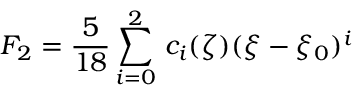
F _ { 2 } = \frac { 5 } { 1 8 } \sum _ { i = 0 } ^ { 2 } \, c _ { i } ( \zeta ) ( \xi - \xi _ { 0 } ) ^ { i }